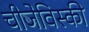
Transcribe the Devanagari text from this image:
चीजेविस्की